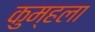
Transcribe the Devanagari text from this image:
कुम्हला